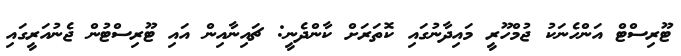
ޓޫރިސްޓް އަންހެނަކު ޖުމްހޫރީ މައިދާނުގައި ކޮތަރަށް ކާންދެނީ: ޗައިނާއިން އައި ޓޫރިސްޓުން ޖެނުއަރީގައި